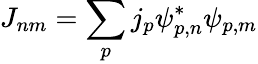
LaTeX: J_{nm}=\sum_{p}j_{p}\psi_{p,n}^{*}\psi_{p,m}